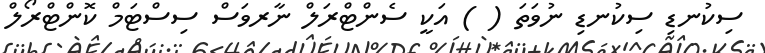
ސިކުނޑި ސިކުނޑި ނުވަތަ ( ) އަކީ ސެންޓްރަލް ނާރވަސް ސިސްޓަމް ކޮންޓްރޯލް